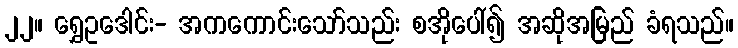
၂၂။ ရွှေဥဒေါင်း- အကကောင်းသော်သည်း စအိုပေါ်၍ အဆိုအမြည် ခံရသည်။